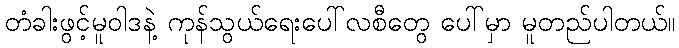
တံခါးဖွင့်မူဝါဒနဲ့ ကုန်သွယ်ရေးပေါ်လစီတွေ ပေါ်မှာ မူတည်ပါတယ်။